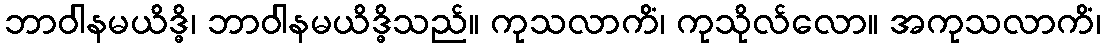
ဘာဝါနမယိဒ္ဓိ၊ ဘာဝါနမယိဒ္ဓိသည်။ ကုသလာကိံ၊ ကုသိုလ်လော။ အကုသလာကိံ၊